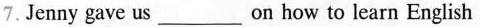
7.Jenny gave us ___ on how to learn English